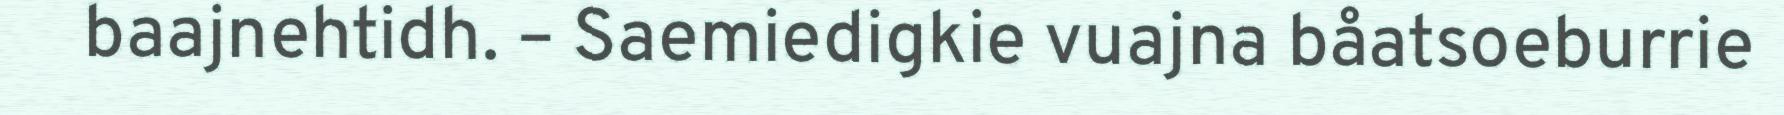
baajnehtidh. – Saemiedigkie vuajna båatsoeburrie